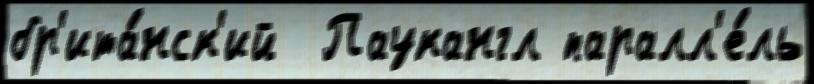
бр'ита́нск'ий  Паукангл паралл'е́ль